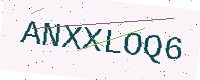
Text: ANXXLOQ6